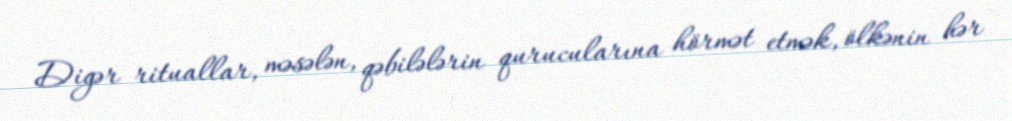
Digər rituallar, məsələn, qəbilələrin qurucularına hörmət etmək, ölkənin hər